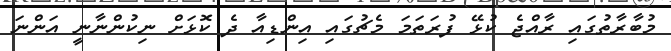
މުބާރާތުގައި ރާއްޖެ ކުޅޭ ފުރަތަމަ މެޗުގައި އިންޑިއާ ދެ ކޮޅަށް ނިކުންނާނީ އަންނަ